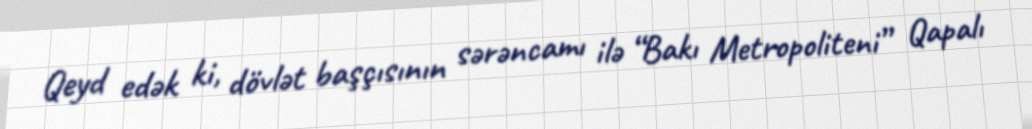
Qeyd edək ki, dövlət başçısının sərəncamı ilə “Bakı Metropoliteni” Qapalı